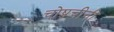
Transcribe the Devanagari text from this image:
चोपचीनी